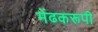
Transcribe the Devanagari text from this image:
मेंढकरूपी